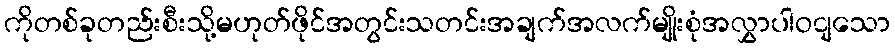
ကိုတစ်ခုတည်းစီးသို့မဟုတ်ဖိုင်အတွင်းသတင်းအချက်အလက်မျိုးစုံအလွှာပါဝငျသော